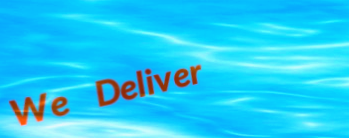
We Deliver